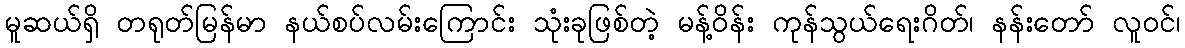
မူဆယ်ရှိ တရုတ်မြန်မာ နယ်စပ်လမ်းကြောင်း သုံးခုဖြစ်တဲ့ မန့်ဝိန်း ကုန်သွယ်ရေးဂိတ်၊ နန်းတော် လူဝင်၊